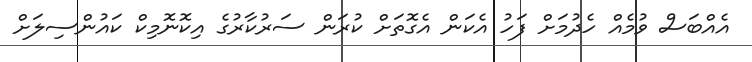
އެއްބަސް ވުމެއް ހެދުމަށް ފަހު އެކަން އެގޮތަށް ކުރަން ސަރުކާރުގެ އިކޮނޮމިކް ކައުންސިލަށް